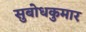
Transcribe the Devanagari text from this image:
सुबोधकुमार